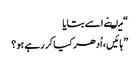
“ میںنے اسے بتایا
” ہائیں ، اُدھر کیا کر رہے ہو؟